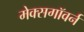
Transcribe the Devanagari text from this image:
मेक्सगॉवर्न